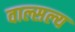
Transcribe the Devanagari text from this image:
वाल्सल्य